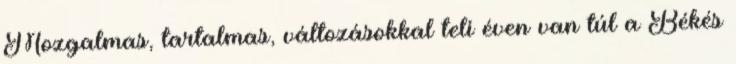
Mozgalmas, tartalmas, változásokkal teli éven van túl a Békés